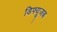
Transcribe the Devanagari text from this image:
डिफ्यूजब